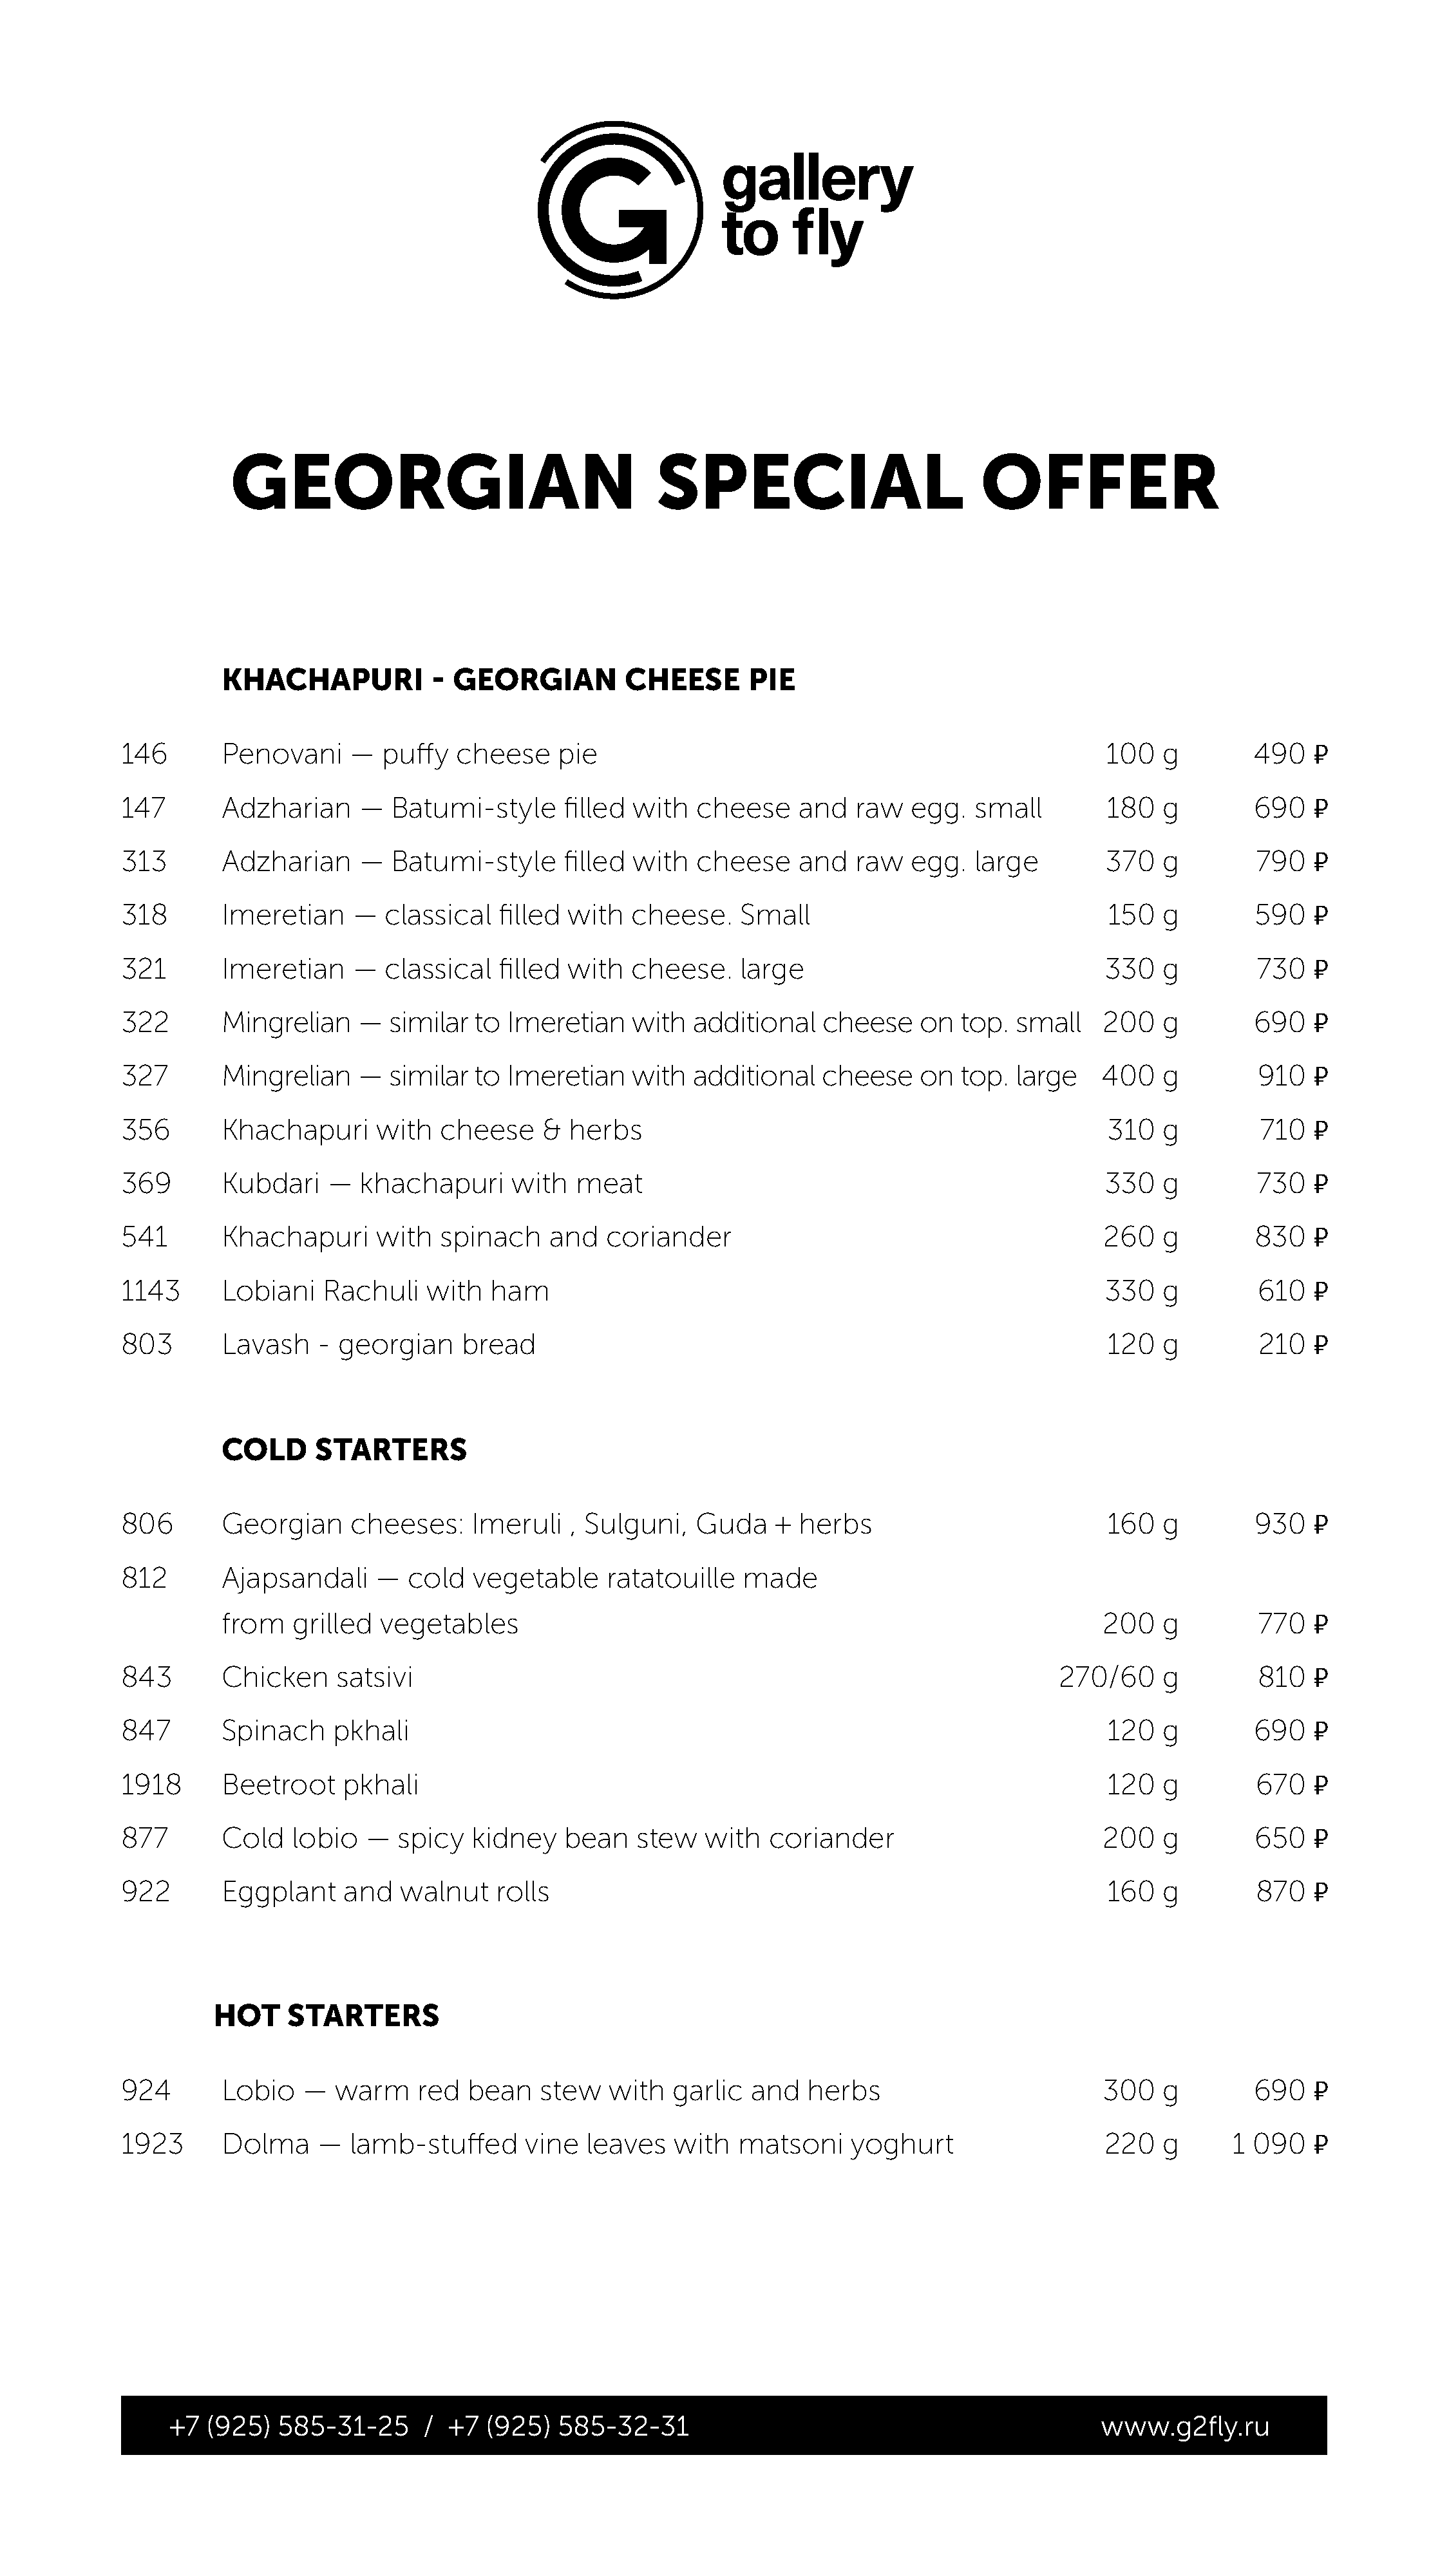
GEORGIAN                                   SPECIAL                           OFFER
 KHACHAPURI           -  GEORGIAN         CHEESE       PIE
 146        Penovani     —  puffy   cheese    pie                                                      100   g        490   �
 147        Adzharian     —  Batumi-style      filled with   cheese    and   raw   egg.  small         180   g        690   �
 313        Adzharian     —  Batumi-style      filled with   cheese    and   raw   egg.  large         370   g        790   �
 318        Imeretian    —   classical  filled with   cheese.    Small                                 150   g        590   �
 321        Imeretian    —   classical  filled with   cheese.    large                                 330   g        730   �
 322        Mingrelian    —  similar  to Imeretian    with  additional    cheese    on  top. small    200    g        690   �
 327        Mingrelian    —  similar  to Imeretian    with  additional    cheese    on  top. large    400    g        910   �
 356        Khachapuri      with  cheese     & herbs                                                   310   g        710   �
 369        Kubdari    —  khachapuri      with  meat                                                   330   g        730   �
 541        Khachapuri      with  spinach    and   coriander                                          260    g        830   �
 1143       Lobiani   Rachuli    with  ham                                                             330   g        610   �
 803        Lavash    - georgian    bread                                                              120   g        210   �
 COLD     STARTERS
 806        Georgian     cheeses:    Imeruli    , Sulguni,   Guda    + herbs                           160   g        930   �
 812        Ajapsandali     —  cold   vegetable    ratatouille   made
 from   grilled  vegetables                                                                200    g        770   �
 843        Chicken     satsivi                                                                   270/60     g        810   �
 847        Spinach    pkhali                                                                          120   g        690   �
 1918       Beetroot    pkhali                                                                         120   g        670   �
 877        Cold   lobio   —  spicy  kidney    bean   stew   with   coriander                         200    g        650   �
 922        Eggplant    and   walnut    rolls                                                          160   g        870   �
 HOT     STARTERS
 924        Lobio   —  warm     red  bean    stew   with  garlic  and   herbs                         300    g        690   �
 1923       Dolma     —  lamb-stuffed      vine  leaves   with   matsoni    yoghurt                    220   g      1 090   �
 +7  (925)   585-31-25      / +7  (925)  585-32-31                                               www.g2fly.ru